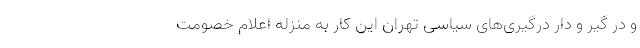
و در گیر و دار درگیری‌های سیاسی تهران این کار به منزله اعلام خصومت